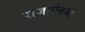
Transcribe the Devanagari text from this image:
राजाएेवजी